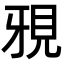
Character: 𮗍